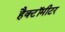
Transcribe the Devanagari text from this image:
हैक्टॉमीटर